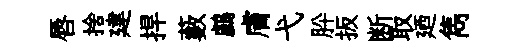
唇捨建捍藪鸕膚弋肸扳断取廼雋